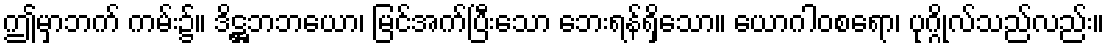
ဤမှာဘက် ကမ်း၌။ ဒိဋ္ဌဘဘယော၊ မြင်အက်ပြီးသော ဘေးရန်ရှိသော။ ယောဂါဝစရော၊ ပုဂ္ဂိုလ်သည်လည်း။